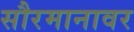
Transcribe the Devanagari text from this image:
सौरमानावर